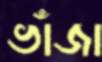
ভাঁজা